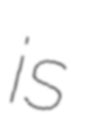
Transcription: is